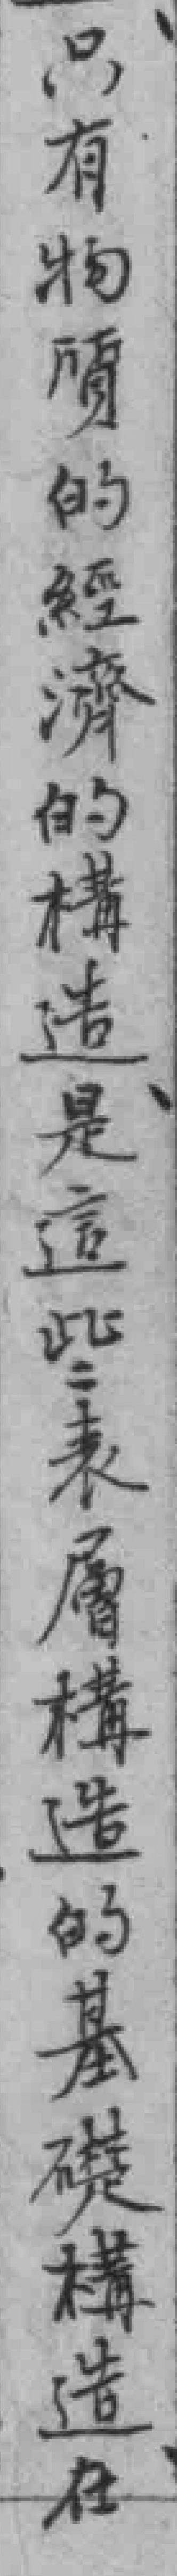
只有物質的經濟的構造是這些表層構造的基礎構造在